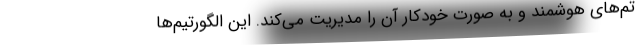
تم‌های هوشمند و به صورت خودکار آن را مدیریت می‌کند. این الگورتیم‌ها